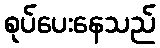
စုပ်ပေးနေသည်